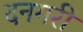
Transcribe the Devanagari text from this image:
दनगरी